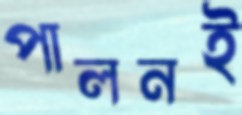
পালনই